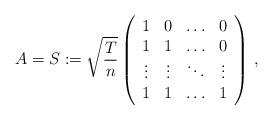
LaTeX: \begin{align*}A=S:=\sqrt{\frac{T}{n}}\left(\begin{array}{cccccccc}1&0&\ldots&0\\1&1&\ldots&0\\\vdots&\vdots&\ddots&\vdots\\1&1&\ldots&1\end{array}\right)\,,\end{align*}